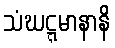
သံဃဋ္ဋမာနာနိ